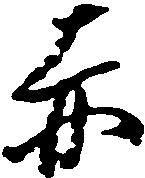
赤